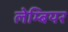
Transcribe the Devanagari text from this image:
लेम्बियर